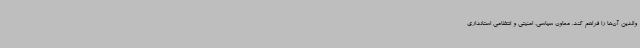
والدین آن‌ها را فراهم کند. معاون سیاسی، امنیتی و انتظامی استانداری